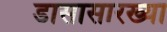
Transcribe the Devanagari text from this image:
डासासारख्या